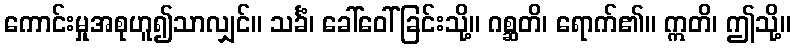
ကောင်းမှုအစုဟူ၍သာလျှင်။ သင်္ခံ၊ ခေါ်ဝေါ်ခြင်းသို့။ ဂစ္ဆတိ၊ ရောက်၏။ ဣတိ၊ ဤသို့။